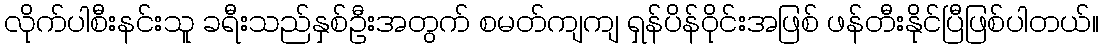
လိုက်ပါစီးနင်းသူ ခရီးသည်နှစ်ဦးအတွက် စမတ်ကျကျ ရှန်ပိန်ဝိုင်းအဖြစ် ဖန်တီးနိုင်ပြီဖြစ်ပါတယ်။